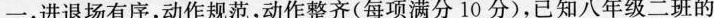
一，进退场有序，动作规范，动作整齐(每项满分10分)，已知八年级二班的